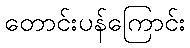
တောင်းပန်ကြောင်း